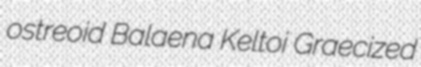
ostreoid Balaena Keltoi Graecized